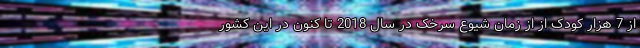
از 7 هزار کودک از از زمان شیوع سرخک در سال 2018 تا کنون در این کشور